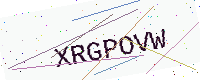
Text: XRGPOVW